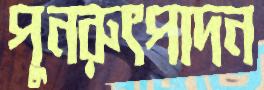
পুনরুৎপাদন